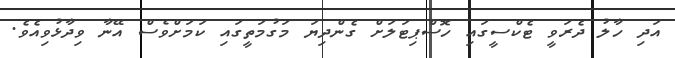
އަދި ހާލު ދެރަވީ ޓެކްސީގައި ހޮސްޕިޓަލަށް ގެންދިޔަ މަގުމަތީގައި ކަމަށްވެސް އޭނާ ވިދާޅުވިއެވެ.